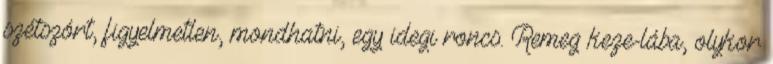
szétszórt, figyelmetlen, mondhatni, egy idegi roncs. Remeg keze-lába, olykor